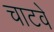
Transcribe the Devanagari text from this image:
चाटवे